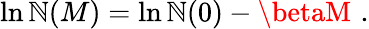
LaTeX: \ln\mathbb{N}(M)=\ln\mathbb{N}(0)-\betaM\, \, .